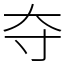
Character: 夺